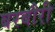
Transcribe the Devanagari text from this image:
बरबौरी